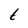
Character: t